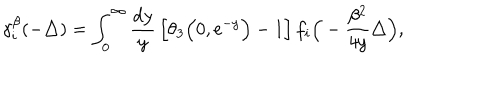
LaTeX: \gamma _ { i } ^ { \beta } ( - \triangle ) = \int _ { 0 } ^ { \infty } { \frac { { \mathrm { d } } y } { y } } \left[ \theta _ { 3 } \Big ( 0 , { \mathrm { e } } ^ { - y } \Big ) - 1 \right] f _ { i } \Big ( - \frac { \beta ^ { 2 } } { 4 y } \triangle \Big ) ,